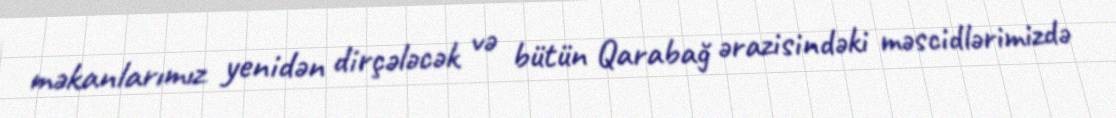
məkanlarımız yenidən dirçələcək və bütün Qarabağ ərazisindəki məscidlərimizdə